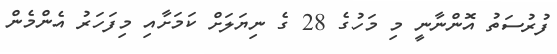
ފުރުސަތު އޮންނާނީ މި މަހުގެ 28 ގެ ނިޔަލަށް ކަމަށާއި މިފަހަރު އެންމެން